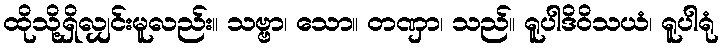
ထိုသို့ရှိလျှင်းမူလည်း။ သဗ္ဗာ၊ သော။ တဏှာ၊ သည်။ ရူပါဒိဝိသယံ၊ ရူပါရုံ